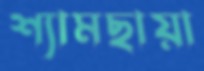
শ্যামছায়া